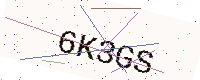
Text: 6K3GS